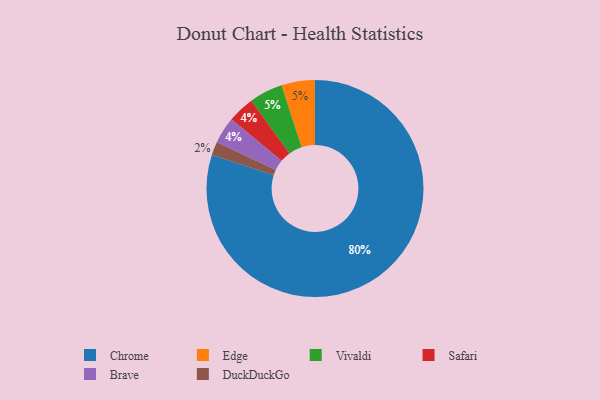
{"axis": {"x": "Category", "y": "Percentage"}, "legend": ["Brave", "Chrome", "DuckDuckGo", "Edge", "Safari", "Vivaldi"], "data": [{"x": "DuckDuckGo", "y": 2, "type": "DuckDuckGo"}, {"x": "Edge", "y": 5, "type": "Edge"}, {"x": "Vivaldi", "y": 5, "type": "Vivaldi"}, {"x": "Safari", "y": 4, "type": "Safari"}, {"x": "Chrome", "y": 80, "type": "Chrome"}, {"x": "Brave", "y": 4, "type": "Brave"}]}